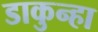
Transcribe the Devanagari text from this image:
डाकुन्हा